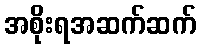
အစိုးရအဆက်ဆက်